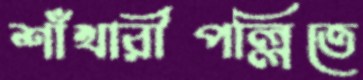
শাঁখারীপল্লিতে